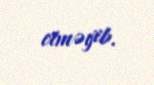
etməyib.